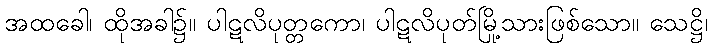
အထခေါ၊ ထိုအခါ၌။ ပါဋလိပုတ္တကော၊ ပါဋလိပုတ်မြို့သားဖြစ်သော။ သေဋ္ဌိ၊